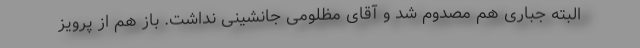
البته جباری هم مصدوم شد و آقای مظلومی جانشینی نداشت. باز هم از پرویز